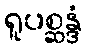
ရူပစ္ဆန္ဒံ